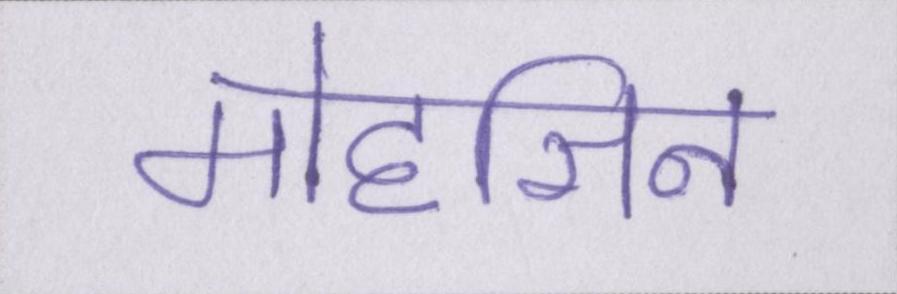
मोहसिन